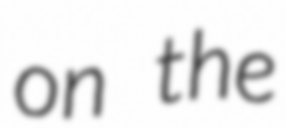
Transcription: on the